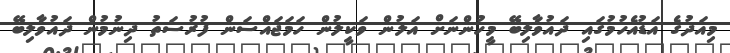
މިއަދުގެ އަޑުއެހުމުގައި ދައުވާލިބޭ މީހުންނަށް އަލުން ވަކީލުން ހަމަޖައްސަން ފުރުސަތު ދިނުމުން ދައުވާލިބޭ